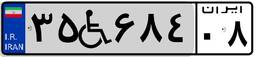
۴۰W۳۳۲۸۰